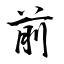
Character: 前